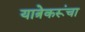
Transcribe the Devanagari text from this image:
यात्रेकरूंचा